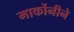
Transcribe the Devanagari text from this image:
मार्कोनीने